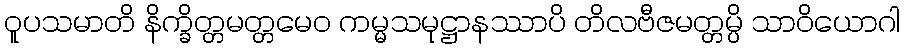
ဝူပသမာတိ နိက္ခိတ္တမတ္တမေဝ ကမ္မသမုဋ္ဌာနဿာပိ တိလဗီဇမတ္တမ္ပိ သာဝိယောဂါ